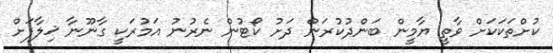
ކުށްތަކަކަށް ވާތީ ޔާމީން ބަންދުކުރަން ދަށު ކޯޓުން ނެރުނު އަމުރަކީ ގާނޫނާ ޚިލާފަށް